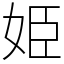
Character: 姫